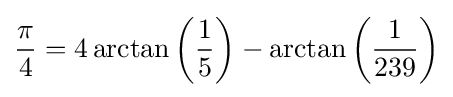
{\frac {\pi }{4}}=4\arctan \left({\frac {1}{5}}\right)-\arctan \left({\frac {1}{239}}\right)